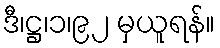
ဒီ၊ဋ္ဌ၊၁၊၉၂ မှယူရန်။